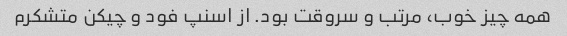
همه چیز خوب، مرتب و سروقت بود. از اسنپ فود و چیکن متشکرم